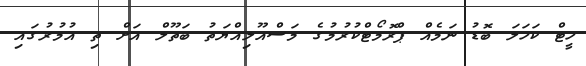
ހީޓް ކަހަލަ ބޮޑު ނަމެއް ޕްރޮމޯޓްކުރުމުގެ މަސްއޫލިއްޔަތު ބަތޫލް އަށް ތި އުމުރުގައި